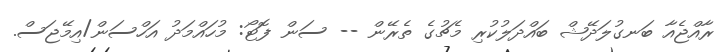
ރާއްޖެއާ ބަނގުލަދޭޝް ބައްދަލުކުރި މެޗުގެ ތެރޭން -- ސަން ފޮޓޯ: މުހައްމަދު އަހްސަން/އިމޭޖަސް.